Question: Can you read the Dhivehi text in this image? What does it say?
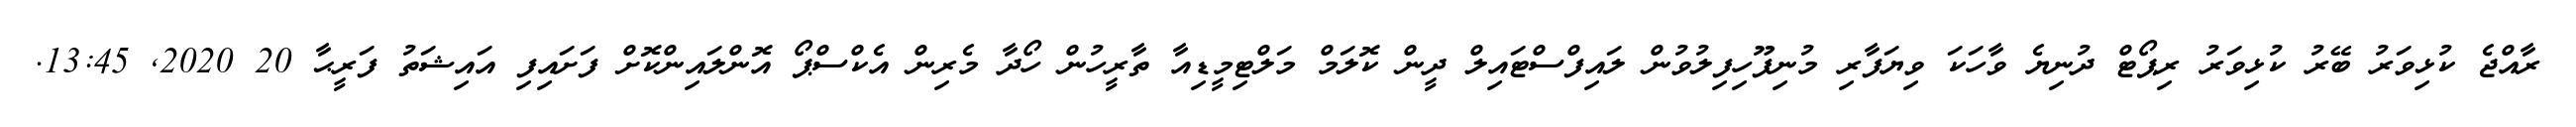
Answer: ރާއްޖެ ކުޅިވަރު ބޭރު ކުޅިވަރު ރިޕޯޓް ދުނިޔެ ވާހަކަ ވިޔަފާރި މުނިފޫހިފިލުވުން ލައިފްސްޓައިލް ދީން ކޮލަމް މަލްޓިމީޑިއާ ތާރީހުން ހޯދާ މެރިން އެކްސްޕޯ އޮންލައިންކޮށް ފަށައިފި އައިޝަތު ފަރީޙާ 20 2020, 13:45.